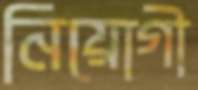
নিয়োগী